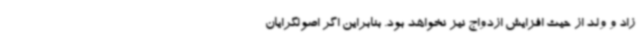
زاد و ولد از حیث افزایش ازدواج نیز نخواهد بود. بنابراین اگر اصولگرایان